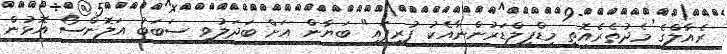
ރެއާލްގެ މެދުތެރެއޮތީ މިޑްފީލްޑަރުންނާއެކު ފުރިފައި" ބަޔާން އަށް ބަދަލުވި ސަބަބު އަލޮންސޯ އޮޅުން